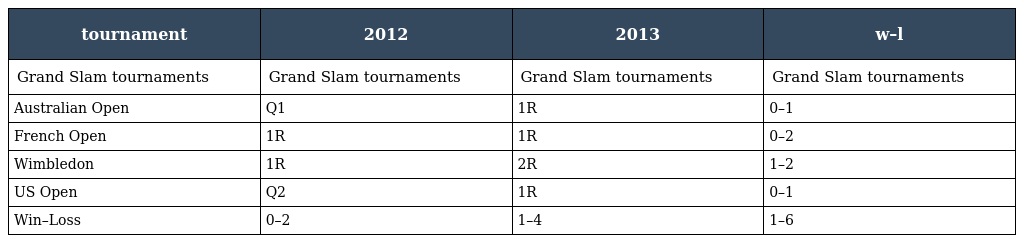
| tournament | 2012 | 2013 | w–l |
 | --- | --- | --- | --- |
 | Grand Slam tournaments | Grand Slam tournaments | Grand Slam tournaments | Grand Slam tournaments |
 | Australian Open | Q1 | 1R | 0–1 |
 | French Open | 1R | 1R | 0–2 |
 | Wimbledon | 1R | 2R | 1–2 |
 | US Open | Q2 | 1R | 0–1 |
 | Win–Loss | 0–2 | 1–4 | 1–6 |